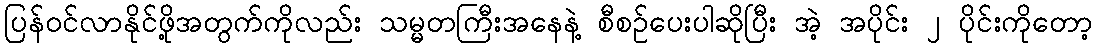
ပြန်ဝင်လာနိုင်ဖို့အတွက်ကိုလည်း သမ္မတကြီးအနေနဲ့ စီစဉ်ပေးပါဆိုပြီး အဲ့ အပိုင်း ၂ ပိုင်းကိုတော့